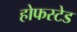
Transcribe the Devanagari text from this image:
होफस्टेड